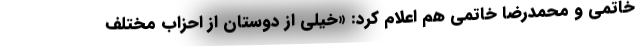
خاتمی و محمدرضا خاتمی هم اعلام کرد: «خیلی از دوستان از احزاب مختلف